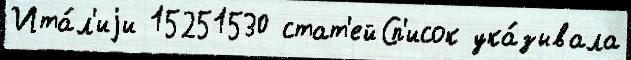
Ита́л'иjи 15251530 стат'ейСп'исок ука́зывала